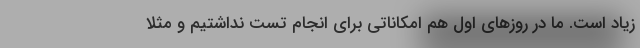
زیاد است. ما در روزهای اول هم امکاناتی برای انجام تست نداشتیم و مثلا